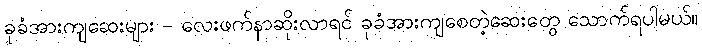
ခုခံအားကျဆေးများ - လေးဖက်နာဆိုးလာရင် ခုခံအားကျစေတဲ့ဆေးတွေ သောက်ရပါမယ်။